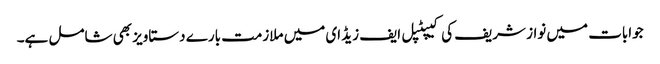
جوابات میں نواز شریف کی کیپٹپل ایف زیڈ ای میں ملازمت بارے دستاویز بھی شامل ہے۔